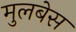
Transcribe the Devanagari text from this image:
मुलबेस